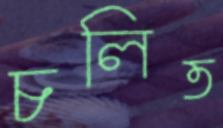
চলিত